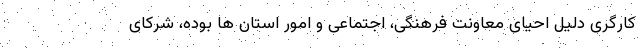
کارگری دلیل احیای معاونت فرهنگی، اجتماعی و امور استان ها بوده، شرکای